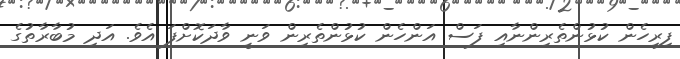
ފިރިހެން ކުޅުންތެރިންނާއި ފަސް އަންހެން ކުޅުންތެރިން ވަނީ ވާދަކޮށްފަ އެވެ. އަދި މުބާރާތުގެ